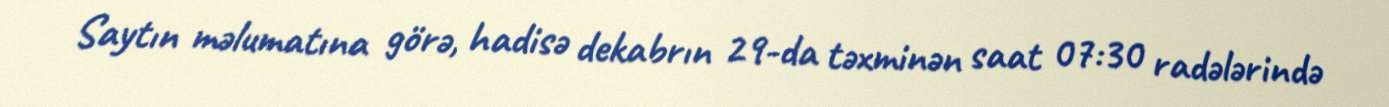
Saytın məlumatına görə, hadisə dekabrın 29-da təxminən saat 07:30 radələrində